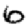
Digit: 6